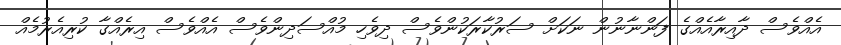
އެއްވެސް ދާއިރާއެއްގެ ފަންނާނުން ނަކަށް ސަރުކާރަކުންވެސް ދިވެހި މުއްސަދިންވެސް އެއްވެސް އިރެއްގާ ކުރިއެރުމެއް